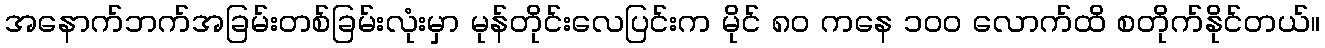
အနောက်ဘက်အခြမ်းတစ်ခြမ်းလုံးမှာ မုန်တိုင်းလေပြင်းက မိုင် ၈၀ ကနေ ၁၀၀ လောက်ထိ စတိုက်နိုင်တယ်။